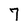
Character: 7